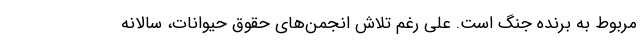
مربوط به برنده جنگ است. علی رغم تلاش انجمن‌های حقوق حیوانات، سالانه